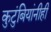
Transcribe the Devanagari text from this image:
कुटुंबियांनीही